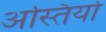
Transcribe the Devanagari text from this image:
अस्तियो